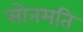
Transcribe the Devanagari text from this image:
सोनमति